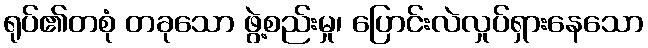
ရုပ်၏တစုံ တခုသော ဖွဲ့စည်းမှု၊ ပြောင်းလဲလှုပ်ရှားနေသော